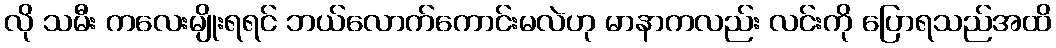
လို သမီး ကလေးမျိုးရရင် ဘယ်လောက်ကောင်းမလဲဟု မာနာကလည်း လင်းကို ပြောရသည်အထိ